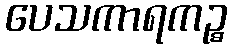
ပေသကာရကဉ္စ